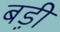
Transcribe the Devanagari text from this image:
बड़़ी